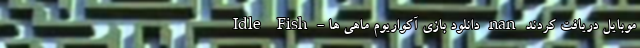
موبایل دریافت کردند nan دانلود بازی آکواریوم ماهی ها - Idle Fish